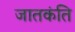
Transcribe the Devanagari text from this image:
जातकंति